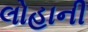
લોહાની